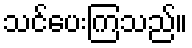
သင်ပေးကြသည်။